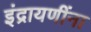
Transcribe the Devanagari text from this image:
इंद्रायणींना